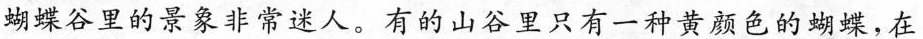
蝴蝶谷里的景象非常迷人。有的山谷里只有一种黄颜色的蝴蝶，在